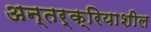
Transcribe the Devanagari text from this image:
अन्तर्क्रियाशील